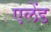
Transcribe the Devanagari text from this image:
एलेंड